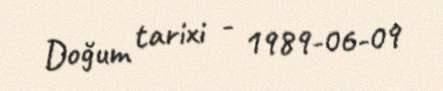
Doğum tarixi - 1989-06-09